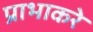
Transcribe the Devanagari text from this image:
प्राभाकरे